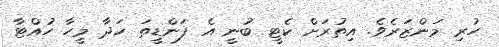
ހުރި މަންޒަރެވެ. އިތުރަށް ކެޓީ ބުނީ އެ ފަންޑީތަ ހަދާ މީހާ ހުއްޓާ